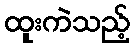
ထူးကဲသည့်